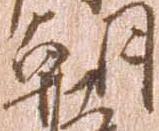
朝